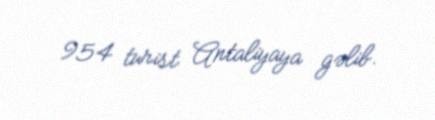
954 turist Antaliyaya gəlib.